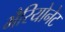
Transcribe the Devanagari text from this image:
मैरियोनेट